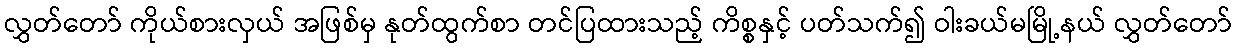
လွှတ်တော် ကိုယ်စားလှယ် အဖြစ်မှ နုတ်ထွက်စာ တင်ပြထားသည့် ကိစ္စနှင့် ပတ်သက်၍ ဝါးခယ်မမြို့နယ် လွှတ်တော်